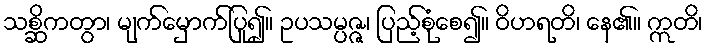
သစ္ဆိကတွာ၊ မျက်မှောက်ပြု၍။ ဥပသမ္ပဇ္ဇ၊ ပြည့်စုံစေ၍။ ဝိဟရတိ၊ နေ၏။ ဣတိ၊